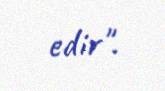
edir".